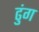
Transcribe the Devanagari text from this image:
ढुंग